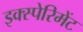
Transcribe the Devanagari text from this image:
इक्स्पेरिमेंट